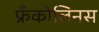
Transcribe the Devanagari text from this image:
फ्रँकोलिनस